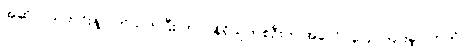
အဆိုပါ သတင်းနဲ့ ပတ်သက်ပြီး တာဝန်ရှိသူတစ်ဦးက အခုလိုပဲပြောကြားခဲ့ပါတယ်။